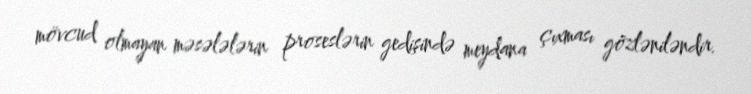
mövcud olmayan məsələlərin proseslərin gedişində meydana çıxması gözləniləndir.